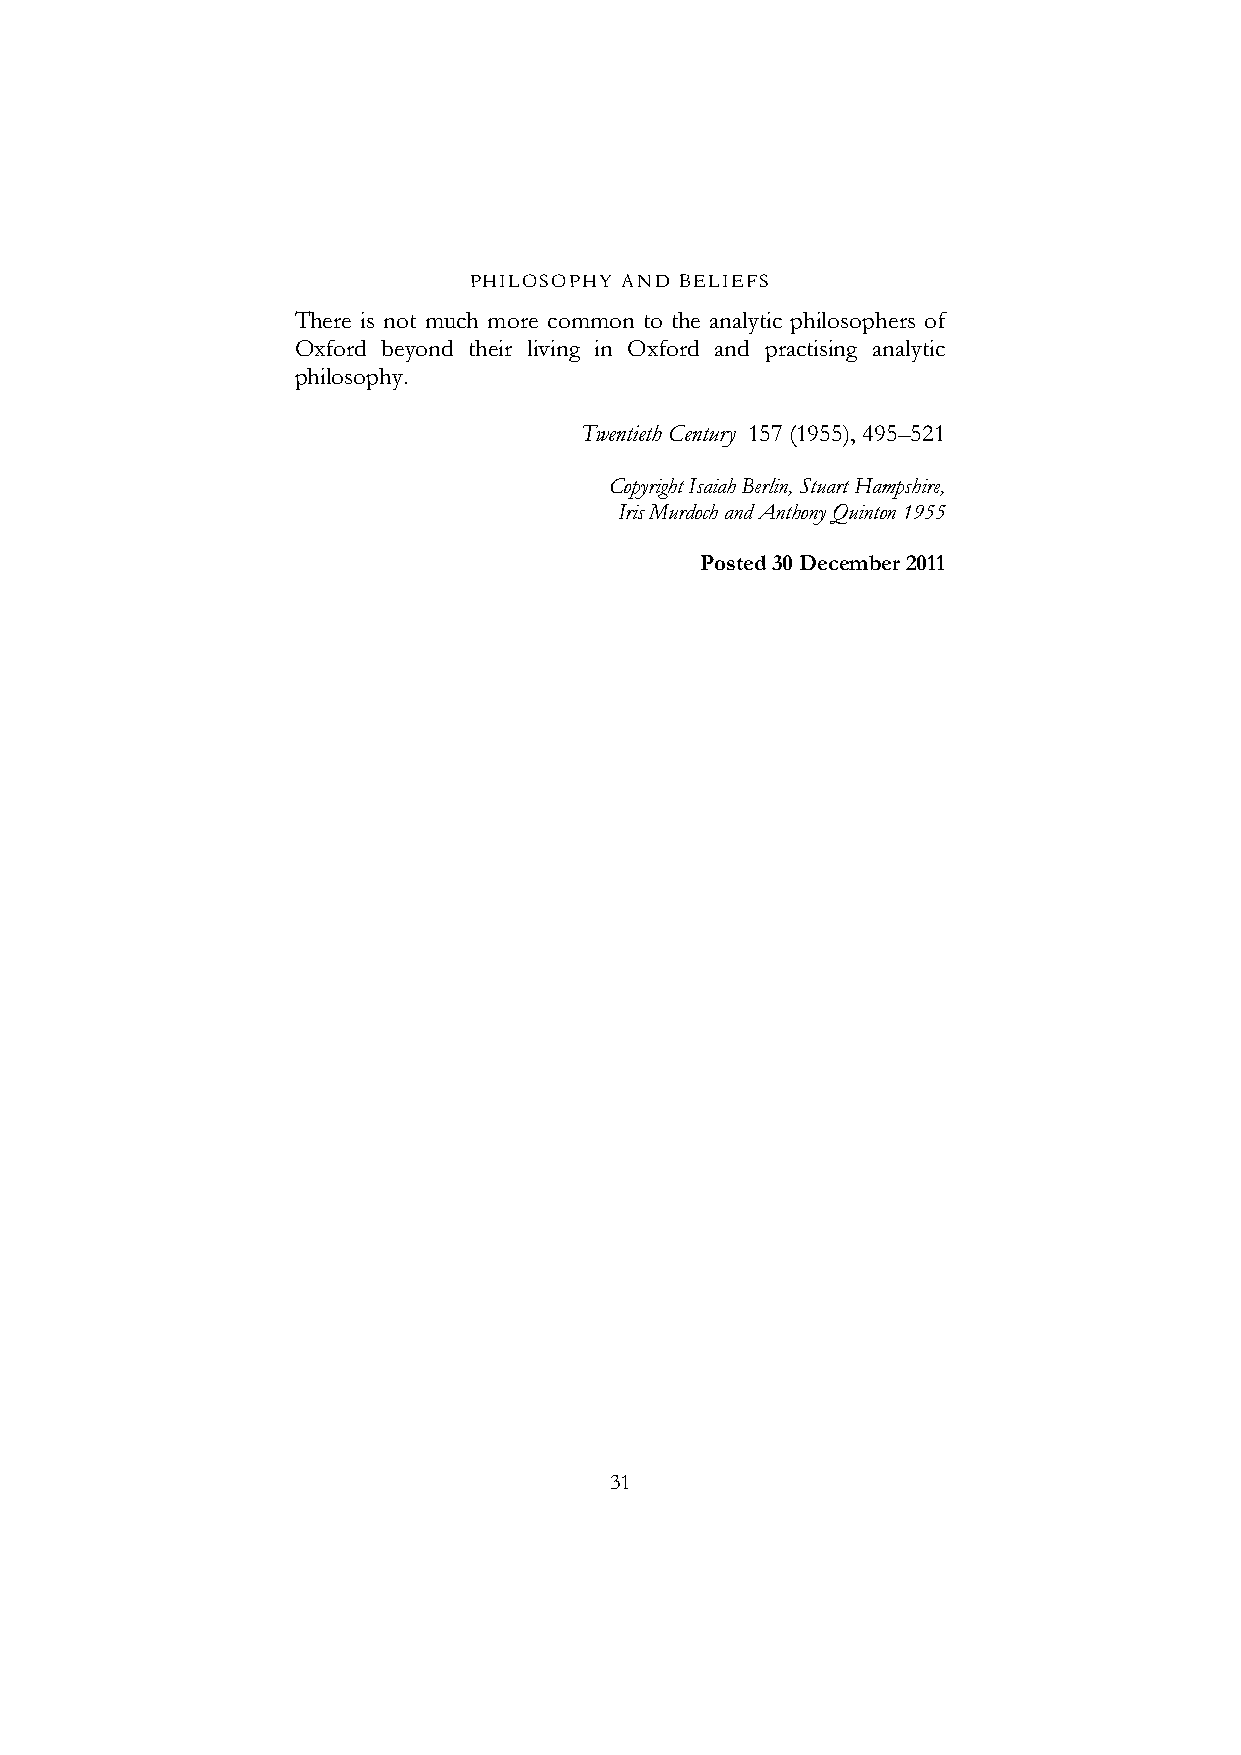
PHILOSOPHY AND BELIEFS
 There is not much more common to the analytic philosophers of
 Oxford beyond their living in Oxford and practising analytic
 philosophy.
 Twentieth Century 157 (1955), 495–521
 Copyright Isaiah Berlin, Stuart Hampshire,
 Iris Murdoch and Anthony Quinton 1955
 Posted 30 December 2011
 31